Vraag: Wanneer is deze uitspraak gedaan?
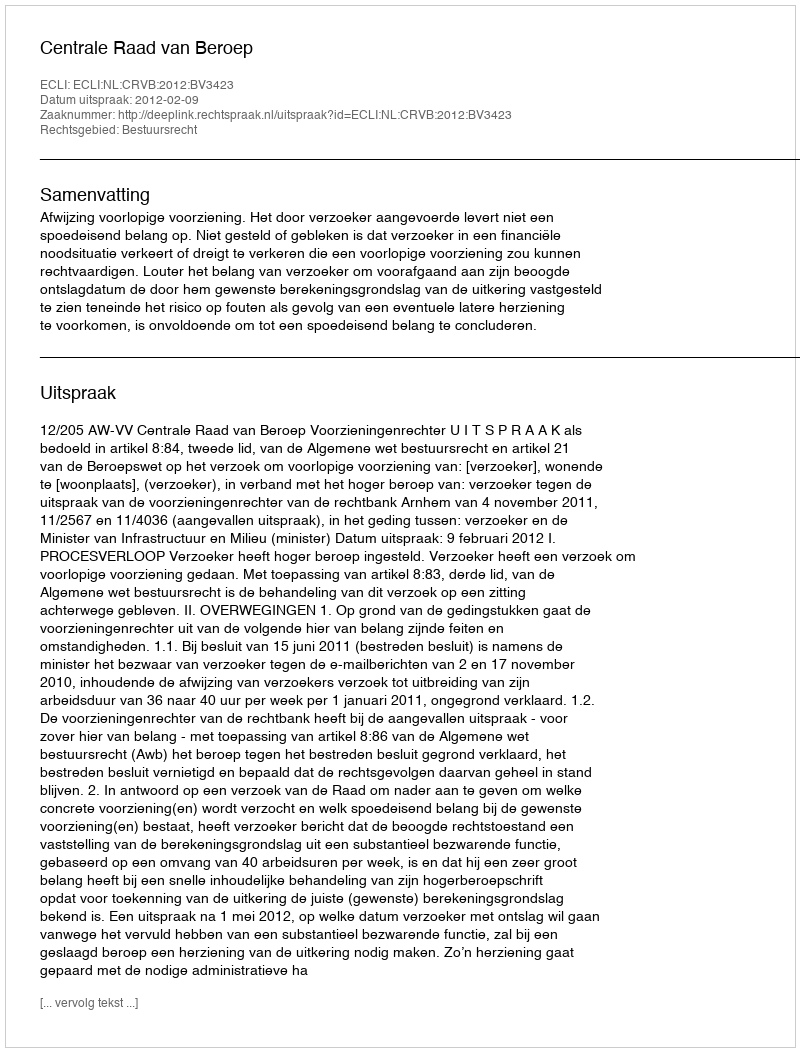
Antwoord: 2012-02-09